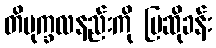
တိပုက္ခလနည်းကို ပြဆိုခန်း